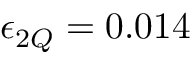
\epsilon _ { 2 Q } = 0 . 0 1 4